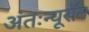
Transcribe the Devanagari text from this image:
अंतःन्यूरॉन